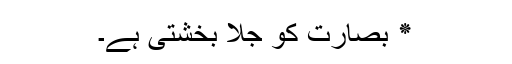
٭ بصارت کو جلا بخشتی ہے۔